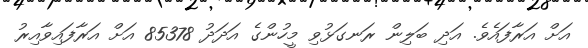
އަށް އަރާފައެވެ. އަދި ބަލިން ރަނގަޅުވި މީހުންގެ އަދަދު 85378 އަށް އަރާފައިވާއިރު